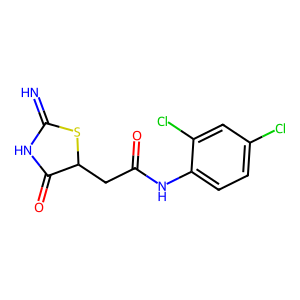
SMILES: N=C1NC(=O)C(CC(=O)Nc2ccc(Cl)cc2Cl)S1
Inhibits HIV replication: No